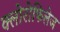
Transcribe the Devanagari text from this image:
क्लोरोफिलेज